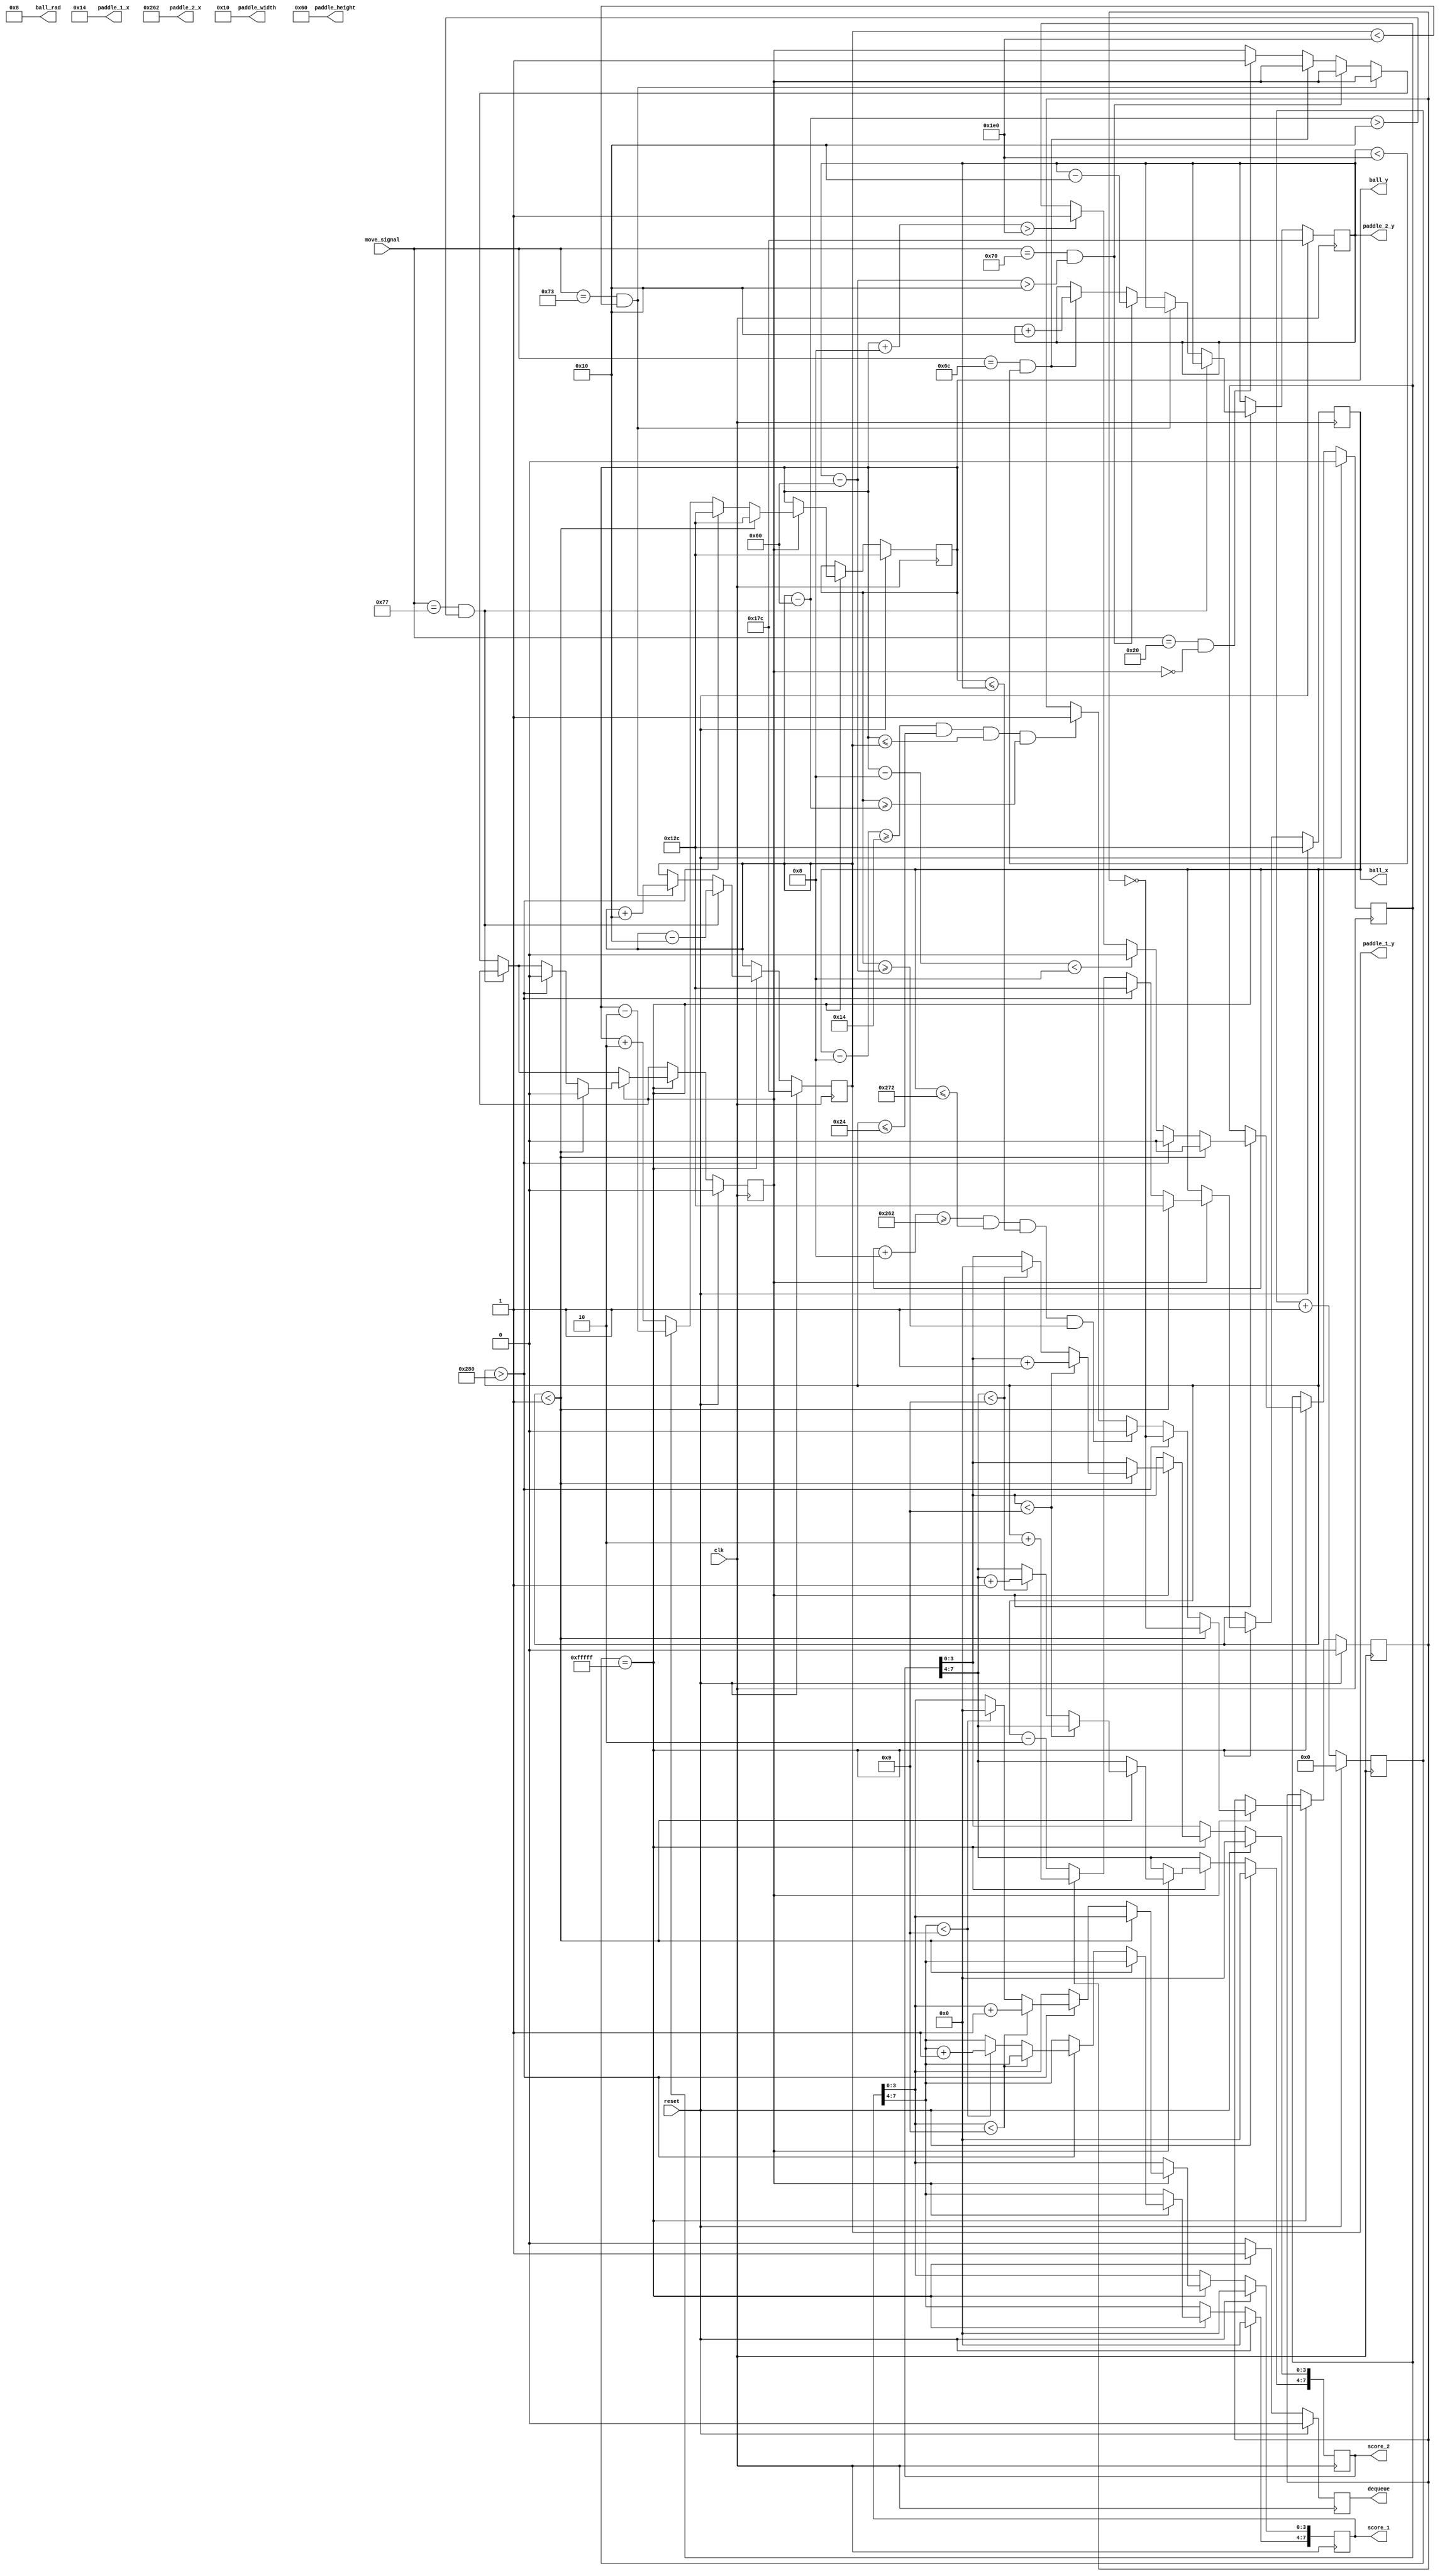
`timescale 1ns / 1ps
//////////////////////////////////////////////////////////////////////////////////
// Company: 
// Engineer: 
// 
// Design Name: 
// Module Name: gameLogic
// Project Name: 
// Target Devices: 
// Tool Versions: 
// Description: 
// 
// Dependencies: 
// 
// Revision:
// Revision 0.01 - File Created
// Additional Comments:
// 
//////////////////////////////////////////////////////////////////////////////////


module gameLogic(
    input wire clk,
    input wire reset,
    input wire [7:0] move_signal,
    output reg dequeue,
    output reg [31:0] paddle_1_x,
    output reg [31:0] paddle_1_y,
    output reg [31:0] paddle_2_x,
    output reg [31:0] paddle_2_y,
    output reg [31:0] paddle_width,
    output reg [31:0] paddle_height,
    output reg [31:0] ball_x,
    output reg [31:0] ball_y,
    output reg [31:0] ball_rad,
    output reg [7:0] score_1,
    output reg [7:0] score_2
    );
    
    parameter paddle_speed = 16;
    parameter ball_speed = 2;
    reg [19:0] counter;
    reg is_playing;
    reg is_ball_up;
    reg is_ball_right;
    
    initial begin
        counter <= 0;
        dequeue <= 0;
        paddle_1_x <= 20;
        paddle_1_y <= 380;
        paddle_2_x <= 610;
        paddle_2_y <= 380;
        paddle_width <= 16;
        paddle_height <= 96;
        ball_x <= 300;
        ball_y <= 300;
        ball_rad <= 8;
        score_1 <= 0;
        score_2 <= 0;
        is_playing <= 0;
        is_ball_up <= 0;
        is_ball_right <= 0;
    end
    
    always @ (posedge clk) begin
    
        //clock divider
        counter <= counter + 1;
    
        // input controller
        // reset
        if (reset) begin
            ball_x <= 300;
            ball_y <= 300;
            paddle_1_y <= 380;
            paddle_2_y <= 380;
            score_1 <= 0;
            score_2 <= 0;
            counter <= 0;
            dequeue <= 0;
            is_playing <= 0;
            is_ball_up <= 0;
            is_ball_right <= 0;
        end
        
        else if (counter == 20'b11111111111111111111) begin
        
            dequeue <= 1;
            
            // p1 up
            if (move_signal == 8'h77 & paddle_1_y - paddle_height > paddle_speed) begin
                paddle_1_y <= paddle_1_y - paddle_speed;
            end
            
            // p1 down
            else if (move_signal == 8'h73 & paddle_1_y < 480) begin
                paddle_1_y <= paddle_1_y + paddle_speed;
            end
            
            // p2 up
            else if (move_signal == 8'h70 & paddle_2_y - paddle_height > paddle_speed) begin
                paddle_2_y <= paddle_2_y - paddle_speed;
            end
            
            // p2 down
            else if (move_signal == 8'h6C & paddle_2_y < 480) begin
                paddle_2_y <= paddle_2_y + paddle_speed;
            end
            
            // start ball
            else if (move_signal == 8'h20 & !is_playing) begin
                is_playing <= 1;
            end
            
            // playing logic
            if (is_playing) begin
                 
                // move left/right
                if (is_ball_right) begin
                    ball_x <= ball_x + ball_speed;
                end
                else begin
                    ball_x <= ball_x - ball_speed;
                end
                
                // move up/down
                if (is_ball_up) begin
                    ball_y <= ball_y - ball_speed;
                end
                else begin
                    ball_y <= ball_y + ball_speed;
                end
                
                // top/down collide
                if (ball_y - ball_rad < 8) begin
                    is_ball_up <= 0;
                end
                else if (ball_y + ball_rad > 480) begin
                    is_ball_up <= 1;
                end
                
                // paddle collide
                if (ball_x - ball_rad >= paddle_1_x & ball_x <= paddle_1_x + paddle_width & ball_y <= paddle_1_y & ball_y >= paddle_1_y - paddle_height) begin
                    is_ball_right <= 1;
                end
                if (ball_x + ball_rad >= paddle_2_x & ball_x <= paddle_2_x + paddle_width & ball_y <= paddle_2_y & ball_y >= paddle_2_y - paddle_height) begin
                    is_ball_right <= 0;
                end
                
                // left/right out of frame
                if (ball_x < 1) begin
                    if (score_2[3:0] < 9) begin
                        score_2[3:0] <= score_2[3:0] + 1;
                    end
                    else if (score_2[7:4] < 9) begin
                        score_2[3:0] <= 0;
                        score_2[7:4] <= score_2[7:4] + 1;
                    end
                    is_playing <= 0;
                    is_ball_right <= ~is_ball_right;
                    is_ball_up <= 0;
                    ball_x <= 300;
                    ball_y <= 300;
                end
                else if (ball_x > 640) begin
                    if (score_1[3:0] < 9) begin
                        score_1[3:0] <= score_1[3:0] + 1;
                    end
                    else if (score_1[7:4] < 9) begin
                        score_1[3:0] <= 0;
                        score_1[7:4] <= score_1[7:4] + 1;
                    end
                    is_playing <= 0;
                    is_ball_right <= ~is_ball_right;
                    is_ball_up <= 0;
                    ball_x <= 300;
                    ball_y <= 300;
                end
                
            end
        end
        
        else begin
            dequeue <= 0;
        end
       
    end
    
    
endmodule